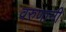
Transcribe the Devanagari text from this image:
वरुणानी